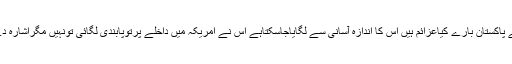
ٹرمپ کے پاکستان بارے کیاعزائم ہیں اس کا اندازہ آسانی سے لگایاجاسکتاہے اس نے امریکہ میں داخلے پرتوپابندی لگائی تونہیں مگراشارہ دے دیا ہے۔